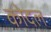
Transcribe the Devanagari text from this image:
कोदल